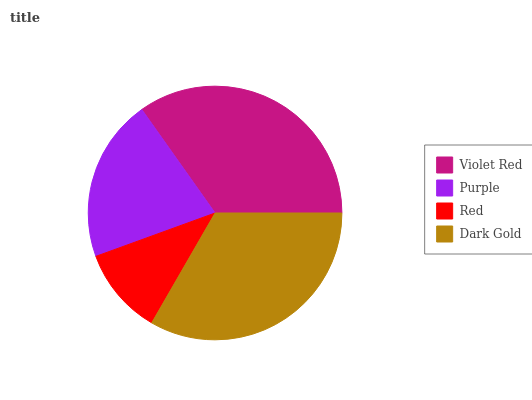
| Violet Red | Purple | Red | Dark Gold |
 | --- | --- | --- | --- |
 | 34.9% | 20.7% | 11.1% | 33.3% |